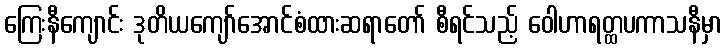
ကြေးနီကျောင်း ဒုတိယကျော်အောင်စံထားဆရာတော် စီရင်သည့် ဝေါဟာရတ္ထပကာသနီမှာ